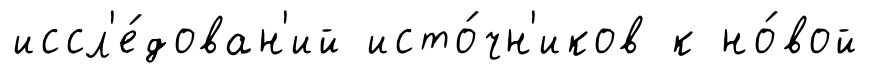
иссл'е́дован'ий исто́чн'иков к но́вой